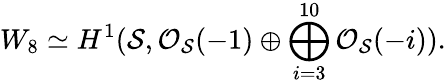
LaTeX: W_{8}\simeq H^{1}({\cal S},{\cal O}_{\cal S}(-1)\oplus\bigoplus_{i=3}^{10}{\cal O}_{\cal S}(-i)).